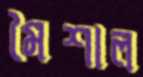
মৈশাল